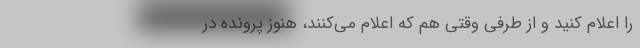
را اعلام کنید و از طرفی وقتی هم که اعلام می‌کنند، هنوز پرونده در